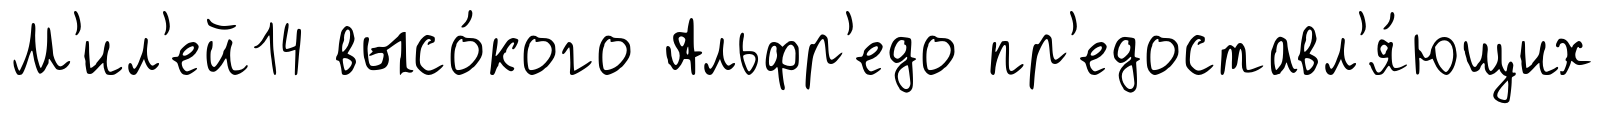
М'ил'ей14 высо́кого Альфр'едо пр'едоставл'я́ющих